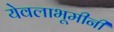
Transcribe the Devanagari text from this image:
येवलाभूमीनी